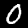
Label: 0